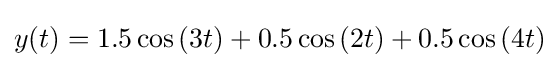
y(t)=1.5\cos {(3t)}+0.5\cos {(2t)}+0.5\cos {(4t)}